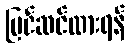
ပြင်ဆင်ထားရန်